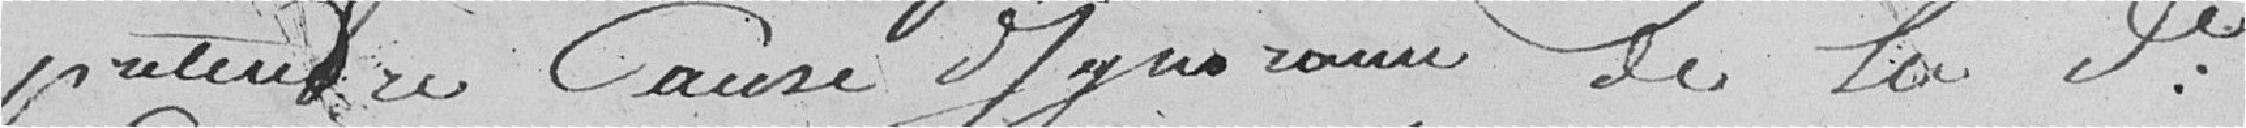
prétendre cause ??? de la dite